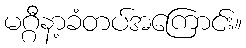
မဂ္ဂီနာ့ခံတပ်အကြောင်း။